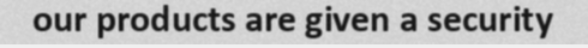
our products are given a security